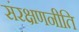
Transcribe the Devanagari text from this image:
संरक्षणनीति